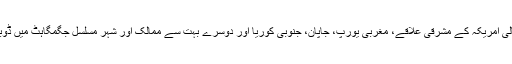
خاص کر شمالی امریکہ کے مشرقی علاقے، مغربی یورپ، جاپان، جنوبی کوریا اور دوسرے بہت سے ممالک اور شہر مسلسل جگمگاہٹ میں ڈوبے رہتے ہیں۔